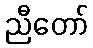
ညီတော်